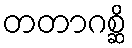
တတာဂစ္ဆိ